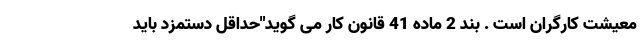
معیشت کارگران است . بند 2 ماده 41 قانون کار می گوید"حداقل دستمزد باید